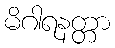
မိဂါရနတ္တာ